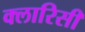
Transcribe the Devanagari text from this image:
क्लारिसी